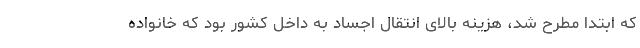
که ابتدا مطرح شد، هزینه بالای انتقال اجساد به داخل کشور بود که خانواده